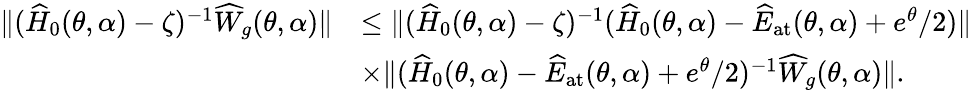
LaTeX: \begin{array}{rl}{\| (\widehat{H}_{0}(\theta,\alpha)-\zeta)^{-1}\widehat{W}_{g}(\theta,\alpha)\| }&{\leq\| (\widehat{H}_{0}(\theta,\alpha)-\zeta)^{-1}(\widehat{H}_{0}(\theta,\alpha)-\widehat{E}_{\mathrm{at}}(\theta,\alpha)+e^{\theta}/2)\| }\\ &{\times\| (\widehat{H}_{0}(\theta,\alpha)-\widehat{E}_{\mathrm{at}}(\theta,\alpha)+e^{\theta}/2)^{-1}\widehat{W}_{g}(\theta,\alpha)\| .}\end{array}